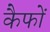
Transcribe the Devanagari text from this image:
कैफों